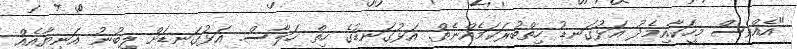
"އެއްވެސް މީހަކާއިމެދު އަޅުގަނޑު ހިތްބުރަކަމެއްނެތް. އަޅުގަނޑުގެ ހިތް ހަލާސް. އަޅުގަނޑަށް ލިބުނު އަނިޔާއެއް